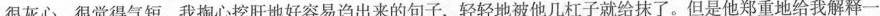
很灰心，很觉得气短，我掏心挖肝地好容易诌出来的句子，轻轻地被他几杠子就给抹了。但是他郑重地给我解释一